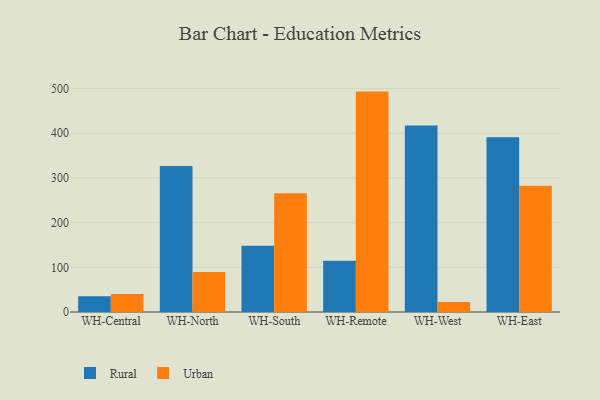
{"axis": {"x": "Warehouse", "y": "Conversion Rate (%)"}, "legend": ["Rural", "Urban"], "data": [{"x": "WH-Central", "y": 35.2, "type": "Rural"}, {"x": "WH-Central", "y": 40.5, "type": "Urban"}, {"x": "WH-North", "y": 326.7, "type": "Rural"}, {"x": "WH-North", "y": 89.6, "type": "Urban"}, {"x": "WH-South", "y": 148.1, "type": "Rural"}, {"x": "WH-South", "y": 266.0, "type": "Urban"}, {"x": "WH-Remote", "y": 114.8, "type": "Rural"}, {"x": "WH-Remote", "y": 493.3, "type": "Urban"}, {"x": "WH-West", "y": 417.7, "type": "Rural"}, {"x": "WH-West", "y": 22.2, "type": "Urban"}, {"x": "WH-East", "y": 391.3, "type": "Rural"}, {"x": "WH-East", "y": 282.7, "type": "Urban"}]}